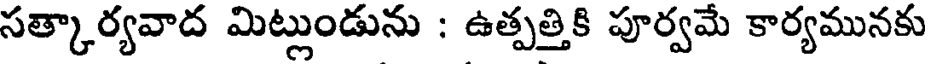
సత్కార్యవాద మిట్లుండును : ఉత్పత్తికి పూర్వమే కార్యమునకు